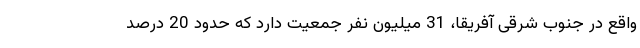
واقع در جنوب شرقی آفریقا، 31 میلیون نفر جمعیت دارد که حدود 20 درصد